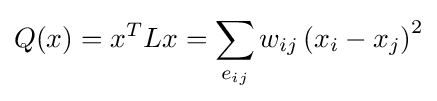
Q(x)=x^{T}Lx=\sum _{e_{ij}}w_{ij}\left(x_{i}-x_{j}\right)^{2}